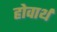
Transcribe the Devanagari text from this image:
होवार्थ